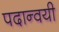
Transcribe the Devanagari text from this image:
पदान्वयी